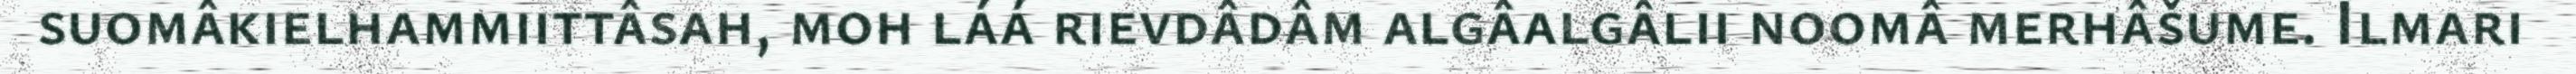
suomâkielhammiittâsah, moh láá rievdâdâm algâalgâlii noomâ merhâšume. Ilmari